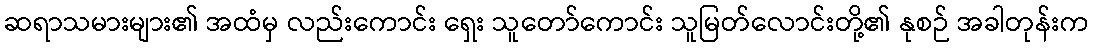
ဆရာသမားများ၏ အထံမှ လည်းကောင်း ရှေး သူတော်ကောင်း သူမြတ်လောင်းတို့၏ နုစဉ် အခါတုန်းက